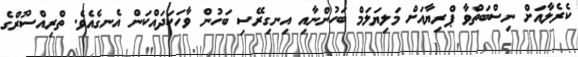
ކެރެލާއަށް ނިސްބަތްވާ ޕްރިޔާއަަށް މަލިޔަލަމް ބަހުންނާއި އިނގިރޭސި ބަހުން ވާހަަކަދައްކަން އެނގެއެވެ. ތްރިއްސޫރްގެ